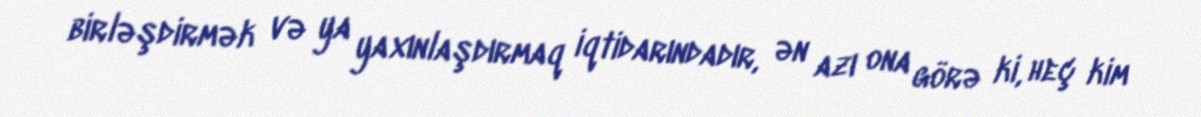
birləşdirmək və ya yaxınlaşdırmaq iqtidarındadır, ən azı ona görə ki, heç kim